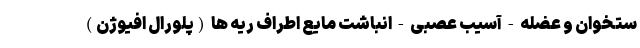
ستخوان و عضله - آسیب عصبی - انباشت مایع اطراف ریه ها (پلورال افیوژن)